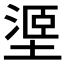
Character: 𱗧